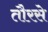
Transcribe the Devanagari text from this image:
तौरसे